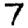
Digit: 7